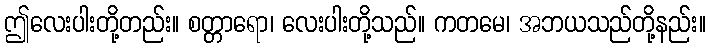
ဤလေးပါးတို့တည်း။ စတ္တာရော၊ လေးပါးတို့သည်။ ကတမေ၊ အဘယသည်တို့နည်း။